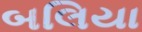
બલિયા